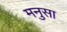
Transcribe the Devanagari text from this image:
मनुसा